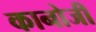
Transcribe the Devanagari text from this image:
कानोजी